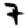
Digit: 7